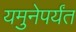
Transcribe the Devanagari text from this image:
यमुनेपर्यंत